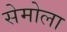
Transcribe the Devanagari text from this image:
सेमोला